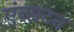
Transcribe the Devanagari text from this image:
एंन्सटन